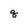
Character: q